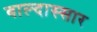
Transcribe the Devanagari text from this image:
बाल्दास्सार